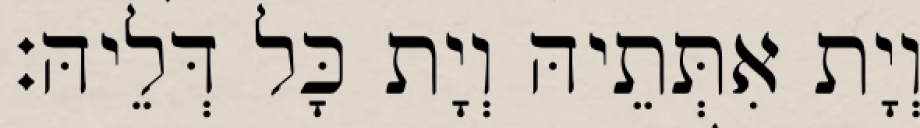
וְיָת אִתְּתֵיהּ וְיָת כָּל דְּלֵיהּ׃